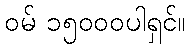
ဝမ် ၁၅၀၀၀ပါရှင်။